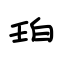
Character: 珀